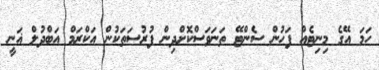
ހަމަ އޭގެ މިނިޓެއް ފަހުން ސެންޓޭ ތަނަވަސްކޮށްދިން ފުރުސަތަކުން އަކްރަމް އަބްދުލް ޣަނީ